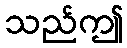
သည်ဤ